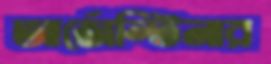
আর্জেন্টিনার